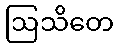
ဩသိတေ